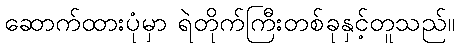
ဆောက်ထားပုံမှာ ရဲတိုက်ကြီးတစ်ခုနှင့်တူသည်။